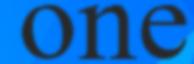
one